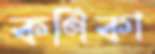
কণিকা